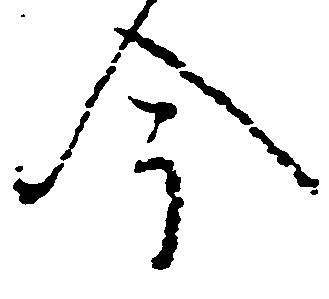
今